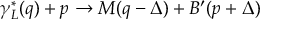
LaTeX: \gamma _ { L } ^ { * } ( q ) + p \to M ( q - \Delta ) + B ^ { \prime } ( p + \Delta )